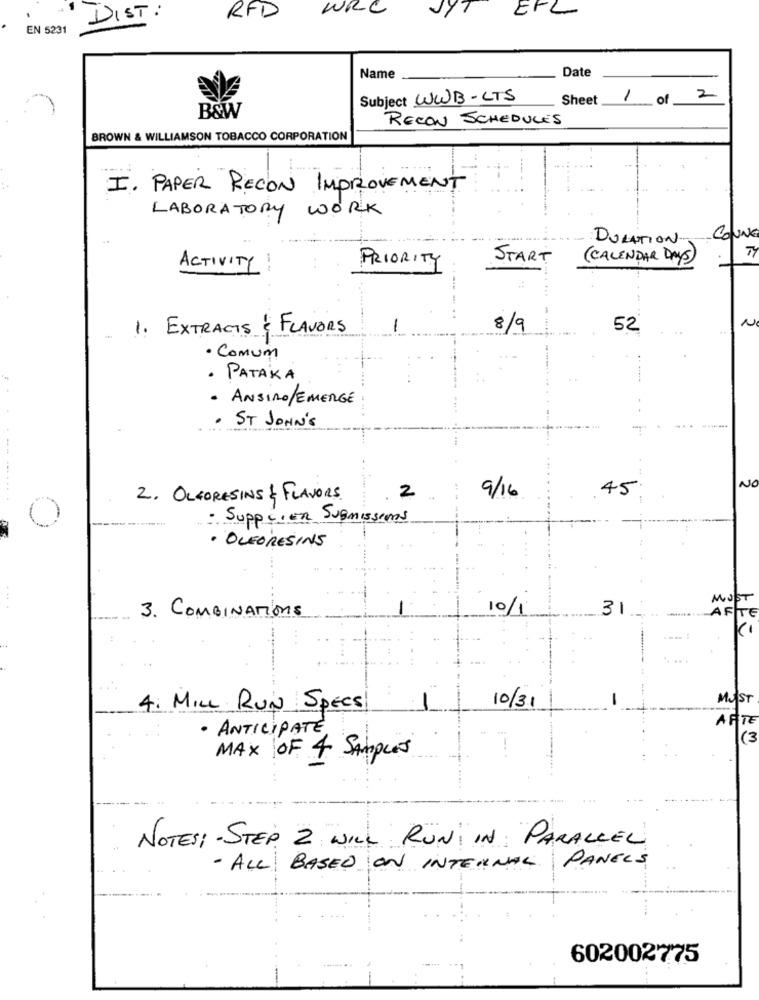
DIST:
RFD
WRC
ERL
EN 5231
Date
Name
Subject WWB-LTS
Sheet
1 of 2
B&W
RECON SCHEDULES
BROWN & WILLIAMSON TOBACCO CORPORATION
I. PAPER RECON IMPROVEMENT
LABORATORY WORK
DURATION
ColUNE
PRIORITY
START
( CALENDAR DAYS)
ACTIVITY
--
N
1. EXTRACTS & FLAVORS
-
8/9
52
. Comum
· PATAKA
- ANSIRO/EMERGE
--
. ST JOHN'S
45.
NO
2. OLFORESINS & FLAVORS
2
9/16
- Supplier SUBmissions
. OLEORESINS
... .
10/1
31
---
AF
3. COMBINATIONS
----
---
10/31
MUST
4. MILL RUN SPECS
ARTE
· ANTICIPATE
(3
MAX OF 4 SAMPLES
NOTES: - STEP 2 WILL RUN IN PARALLEL
- ALL BASED ON INTERNAL PANELS
602002775